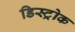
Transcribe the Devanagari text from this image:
डिस्ट्रोक